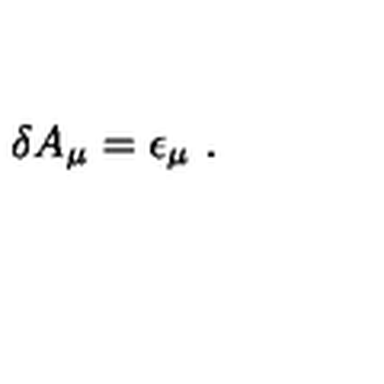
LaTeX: \delta A _ { \mu } = \epsilon _ { \mu } \ .